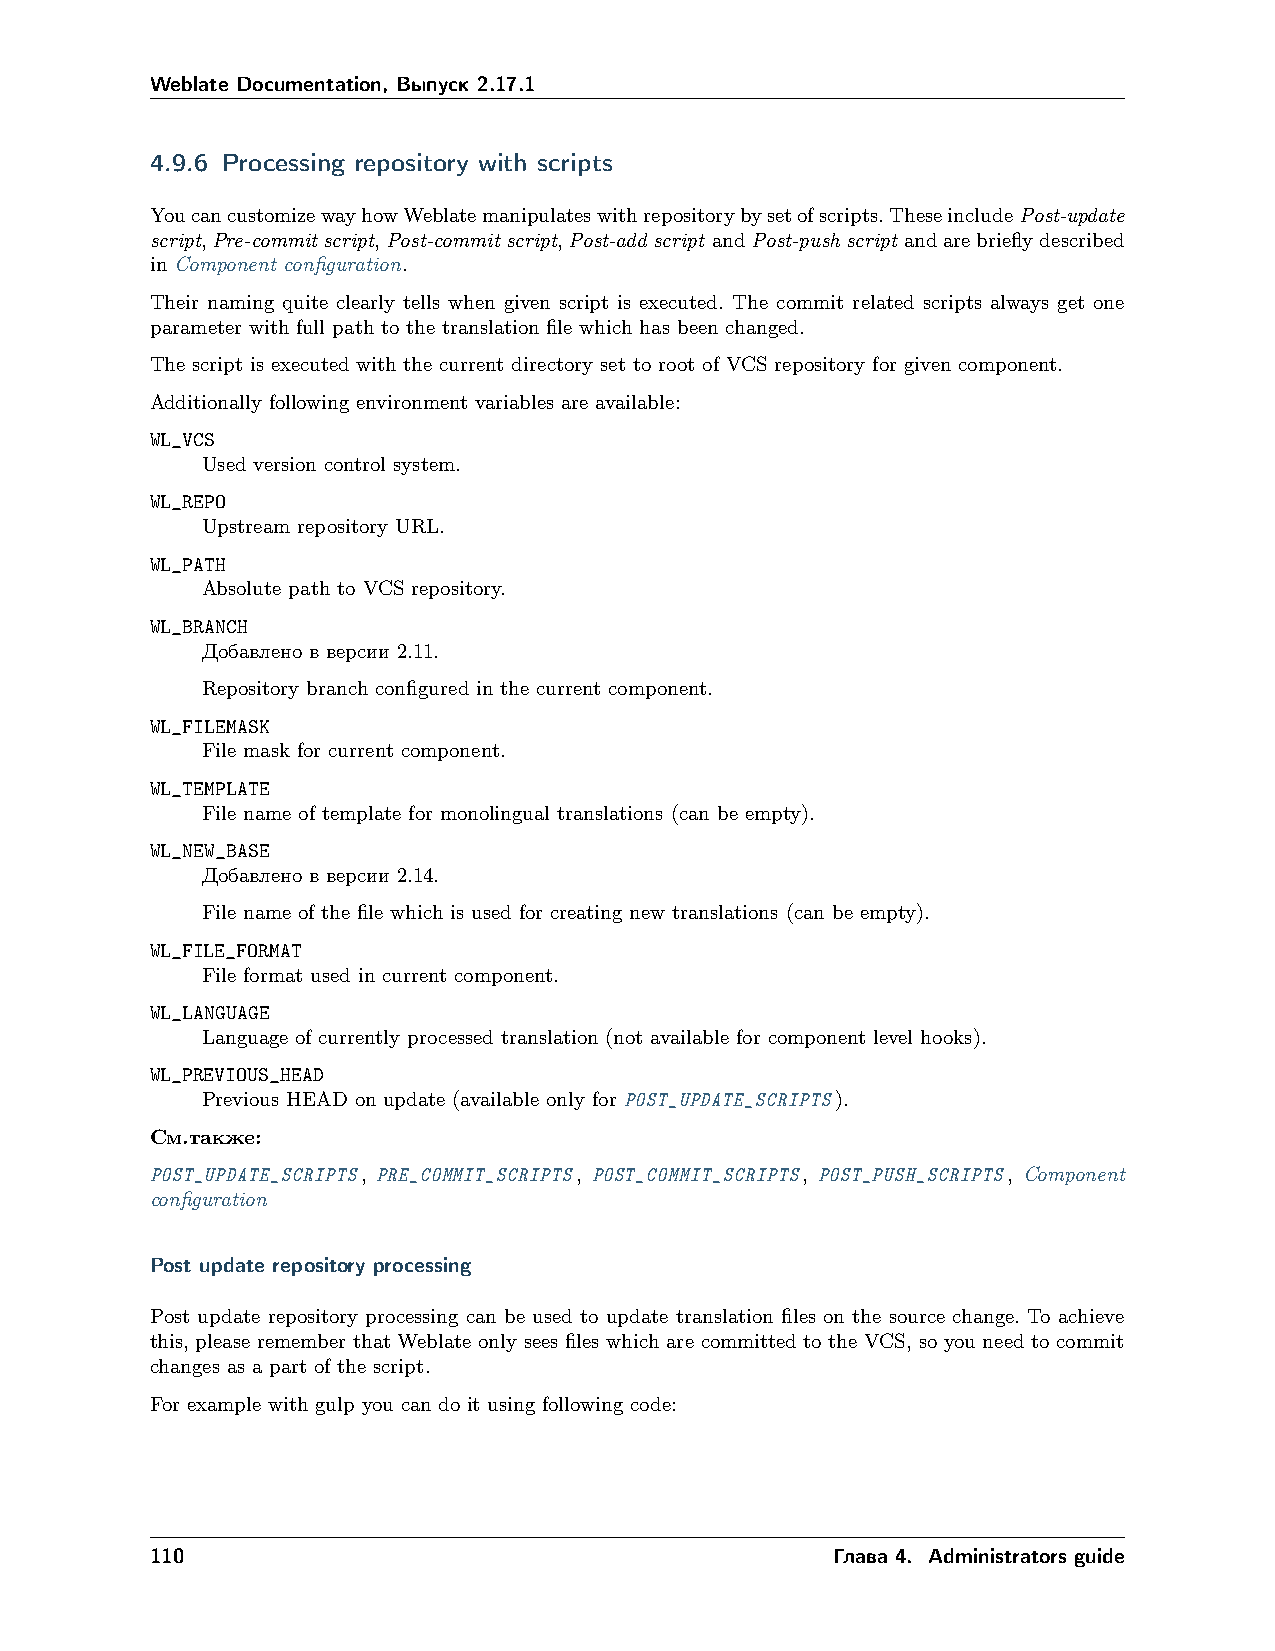
Weblate Documentation, Выпуск 2.17.1
 4.9.6 Processing repository with scripts
 YoucancustomizewayhowWeblatemanipulateswithrepositorybysetofscripts.TheseincludePost-update
 script,Pre-commit script,Post-commit script,Post-add script andPost-push script andarebrieflydescribed
 in Component configuration.
 Their naming quite clearly tells when given script is executed. The commit related scripts always get one
 parameter with full path to the translation file which has been changed.
 The script is executed with the current directory set to root of VCS repository for given component.
 Additionally following environment variables are available:
 WL_VCS
 Used version control system.
 WL_REPO
 Upstream repository URL.
 WL_PATH
 Absolute path to VCS repository.
 WL_BRANCH
 Добавлено в версии 2.11.
 Repository branch configured in the current component.
 WL_FILEMASK
 File mask for current component.
 WL_TEMPLATE
 File name of template for monolingual translations (can be empty).
 WL_NEW_BASE
 Добавлено в версии 2.14.
 File name of the file which is used for creating new translations (can be empty).
 WL_FILE_FORMAT
 File format used in current component.
 WL_LANGUAGE
 Language of currently processed translation (not available for component level hooks).
 WL_PREVIOUS_HEAD
 Previous HEAD on update (available only for POST_UPDATE_SCRIPTS).
 См.также:
 POST_UPDATE_SCRIPTS, PRE_COMMIT_SCRIPTS, POST_COMMIT_SCRIPTS, POST_PUSH_SCRIPTS, Component
 configuration
 Post update repository processing
 Post update repository processing can be used to update translation files on the source change. To achieve
 this, please remember that Weblate only sees files which are committed to the VCS, so you need to commit
 changes as a part of the script.
 For example with gulp you can do it using following code:
 110                                          Глава 4. Administrators guide